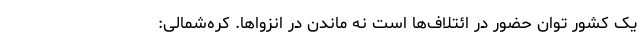
یک کشور توان حضور در ائتلاف‌ها است نه ماندن در انزواها. کره‌شمالی: